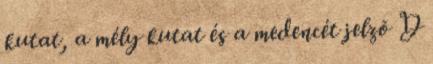
kutat, a mély kutat és a medencét jelzõ D